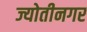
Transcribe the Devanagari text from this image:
ज्योतीनगर